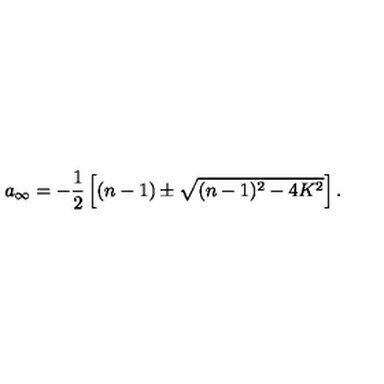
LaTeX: a _ { \infty } = - \frac 1 2 \left[ ( n - 1 ) \pm \sqrt { ( n - 1 ) ^ { 2 } - 4 K ^ { 2 } } \right] .